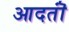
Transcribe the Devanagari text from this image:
आदतॊं